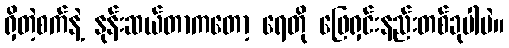
ရှိတဲ့စက်နဲ့ နုန်းဆယ်တာကတော့ ရေတို ဖြေရှင်းနည်းတစ်ခုပါပဲ။